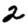
Digit: 2